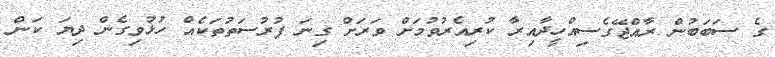
ގެ ސަބަބުން ރާއްޖޭގެސިއްހީދާއިރާ ކުރިއެރުވުމަށް ވަރަށް ގިނަ ފުރުސަތުތަކެއް ހުޅުވިގެން ދިޔަ ކަން